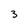
Character: 3